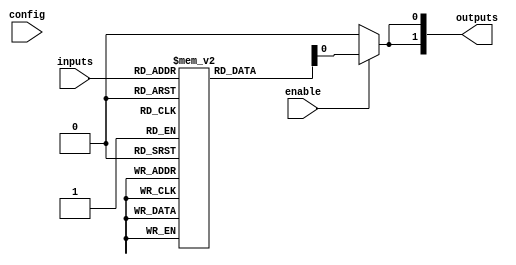
module CLB (
    input wire [N-1:0] inputs,       // N inputs to the CLB
    input wire [N-1:0] config,       // Configuration for LUTs
    input wire enable,                // Enable signal for the CLB
    output wire [M-1:0] outputs      // M outputs from the CLB
);

// Parameter definitions
parameter N = 4;   // Number of inputs (adjust as necessary)
parameter M = 2;   // Number of outputs (adjust as necessary)

// LUT implementation (Lookup Table)
reg [M-1:0] lut [0:(1<<N)-1]; // LUT for all possible input combinations

// Output generation logic based on config and inputs
generate
    genvar i;
    for (i = 0; i < M; i = i + 1) begin : output_generation
        assign outputs[i] = enable ? lut[inputs] : 0; // Enable-based output
    end
endgenerate

// Configuration process (initialization for testing)
initial begin
    // Define the logic functions in LUTs (example logic functions)
    lut[4'b0000] = 2'b00; // 0 AND 0 = 0
    lut[4'b0001] = 2'b01; // 0 AND 1 = 0
    lut[4'b0010] = 2'b01; // 1 AND 0 = 0
    lut[4'b0011] = 2'b10; // 1 AND 1 = 1
    lut[4'b0100] = 2'b00; // 0 OR 0 = 0
    lut[4'b0101] = 2'b01; // 0 OR 1 = 1
    lut[4'b0110] = 2'b01; // 1 OR 0 = 1
    lut[4'b0111] = 2'b11; // 1 OR 1 = 1
    // Continue for all 16 combinations if desired for more advanced logic
end

endmodule